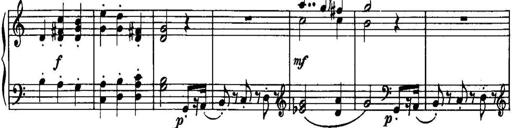
Title: Piano Sonatina No.1, Op.146
Composer: Stephen Heller